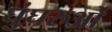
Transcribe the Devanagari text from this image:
घुंघरुओं